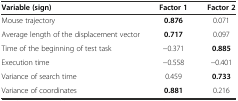
<table><thead><tr><td><b>Variable (sign)</b></td><td><b>Factor 1</b></td><td><b>Factor 2</b></td></tr></thead><tbody><tr><td>Mouse trajectory</td><td><b>0.876</b></td><td>0.071</td></tr><tr><td>Average length of the displacement vector</td><td><b>0.717</b></td><td>0.097</td></tr><tr><td>Time of the beginning of test task</td><td>-0.371</td><td><b>0.885</b></td></tr><tr><td>Execution time</td><td>-0.558</td><td>-0.401</td></tr><tr><td>Variance of search time</td><td>0.459</td><td><b>0.733</b></td></tr><tr><td>Variance of coordinates</td><td><b>0.881</b></td><td>0.216</td></tr></tbody></table>